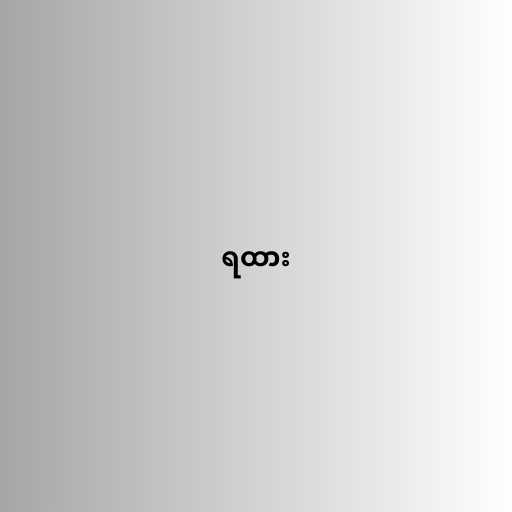
ရထား